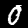
Label: 0